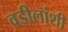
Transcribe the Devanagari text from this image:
वडीलांशी